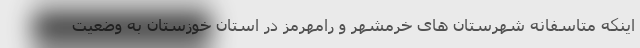
اینکه متاسفانه شهرستان های خرمشهر و رامهرمز در استان خوزستان به وضعیت